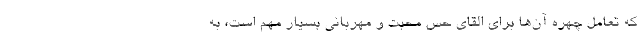
که تعامل چهره آن‌ها برای القای حس محبت و مهربانی بسیار مهم است، به